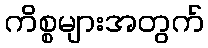
ကိစ္စများအတွက်